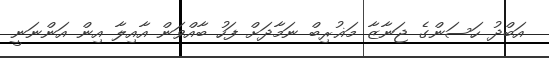
އަބްދު ހަސަންގެ ޖަނާޒާ މަޣުރިބް ނަމާދަށް ފަހު ބާއްވަން އާއިލާ އިން އަންނަނީ